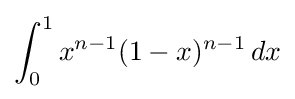
\int _{0}^{1}x^{n-1}(1-x)^{n-1}\,dx